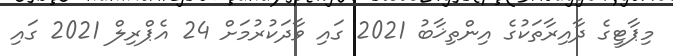
މިޕާޓީގެ ދާއިރާތަކުގެ އިންތިޚާބު 2021 ގައި ވާދަކުރުމަށް 24 އެޕްރިލް 2021 ގައި